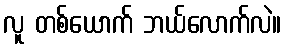
လူ တစ်ယောက် ဘယ်လောက်လဲ။